Account of plague administration in the Bombay Presidency from September 1896 till May 1897
Year: 1896
Disease focus: Plague
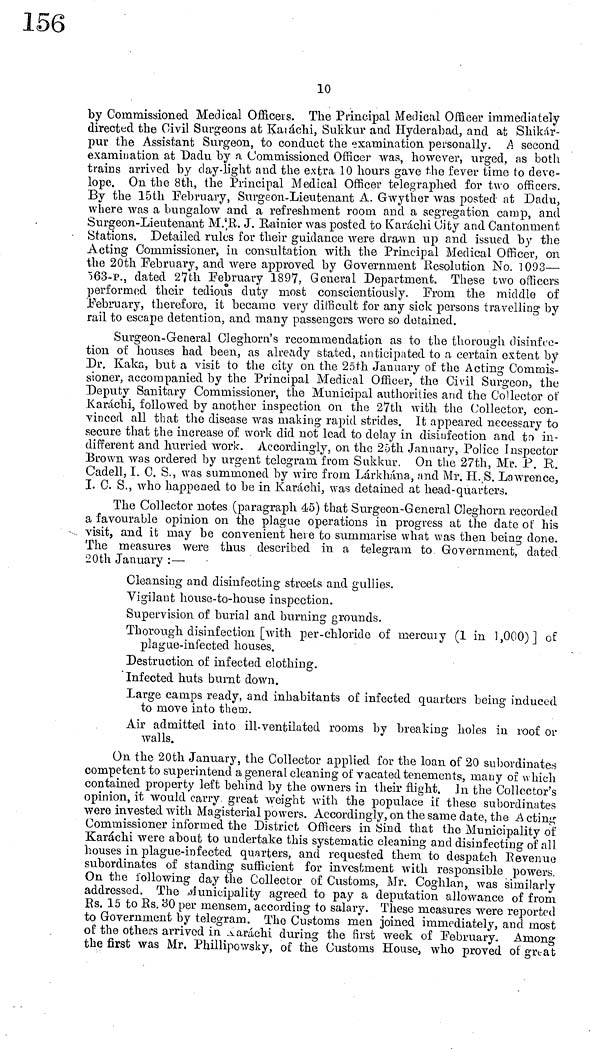
10
by Commissioned Medical Officers. The Principal Medical Officer immediately
directed the Civil Surgeons at Karáchi, Sukkur and Hyderabad, and at Shikar-
pur the Assistant Surgeon, to conduct the examination personally. A second
examination at Dadu by a Commissioned Officer was, however, urged, as both
trains arrived by day-light and the extra 10 hours gave the fever time to deve-
lope. On the 8th, the Principal Medical Officer telegraphed for two officers.
By the 15th February, Surgeon-Lieutenant A. Gwyther was posted at Dadu,
where was a bungalow and a refreshment room and a segregation camp, and
Surgeon-Lieutenant M.'R. J. Rainier was posted to Karachi City and Cantonment
Stations. Detailed rules for their guidance were drawn up and issued by the
Acting Commissioner, in consultation with the Principal Medical Officer, on
the 20th February, and were approved by Government Resolution No. 1093—
563-P., dated 27th February 1897, General Department. These two officers
performed their tedious duty most conscientiously. From the middle of
February, therefore, it became very difficult for any sick persons travelling by
rail to escape detention, and many passengers were so detained.
Surgeon-General Cleghorn's recommendation as to the thorough disinfec-
tion of houses had been, as already stated, anticipated to a certain extent by
Dr. Kaka, but a visit to the city on the 25th January of the Acting Commis-
sioner, accompanied by the Principal Medical Officer, the Civil Surgeon, the
Deputy Sanitary Commissioner, the Municipal authorities and the Collector of
Karáchi, followed by another inspection on the 27th with the Collector, con-
vinced all that the disease was making rapid strides. It appeared necessary to
secure that the increase of work did not lead to delay in disinfection and to in-
different and hurried work. Accordingly, 011 the 25th January, Police Inspector
Brown was ordered by urgent telegram from Sukkur. On the 27th, Mr. P. R.
Cadell, I. C. S., was summoned by wire from Lárkhána, and Mr. H. S. Lawrence,
I. C. S., who happened to be in Karáchi, was detained at head-quarters.
The Collector notes (paragraph 45) that Surgeon-General Cleghorn recorded
a favourable opinion on the plague operations in progress at the date of his
visit, and it may be convenient here to summarise what was then being done.
The measures were thus described in a telegram to Government, dated
20th January :—
Cleansing and disinfecting streets and gullies.
Vigilant house-to-house inspection.
Supervision of burial and burning grounds.
Thorough disinfection [with per-chloride of mercury (1 in 1,000)] of
plague-infected houses.
Destruction of infected clothing.
Infected huts burnt down.
Large camps ready, and inhabitants of infected quarters being induced
to move into them.
Air admitted into ill-ventilated rooms by breaking holes in roof or
walls.
On the 20th January, the Collector applied for the loan of 20 subordinates
competent to superintend a general cleaning of vacated tenements, many of which
contained property left behind by the owners in their flight, In the Collector's
opinion, it would carry, great weight with the populace if these subordinates
were invested with Magisterial powers. Accordingly, on the same date, the A cting
Commissioner informed the District Officers in Sind that the Municipality of
Karáchi were about to undertake this systematic cleaning and disinfecting of all
houses in plague-infected quarters, and requested them to despatch Revenue
subordinates of standing sufficient for investment with responsible powers.
On the following day the Collector of Customs, Mr. Coghlan, was similarly
addressed. The Municipality agreed to pay a deputation allowance of from
Rs. 15 to Es. 30 per mensem, according to salary. These measures were reported
to Government by telegram. The Customs men joined immediately, and most
of the others arrived in Karáchi during the first week of February. Among
the first was Mr. Phillipowsky, of the Customs House, who proved of great